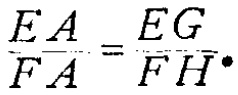
$\frac{EA}{FA}=\frac{EG}{FH}.$